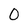
Character: 0